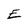
Character: E